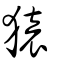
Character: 猿